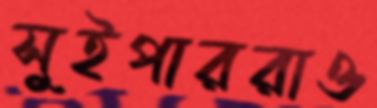
সুইপাররাও